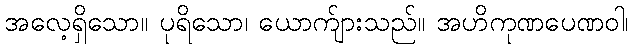
အလေ့ရှိသော။ ပုရိသော၊ ယောက်ျားသည်။ အဟိကုဏပေဏဝါ၊